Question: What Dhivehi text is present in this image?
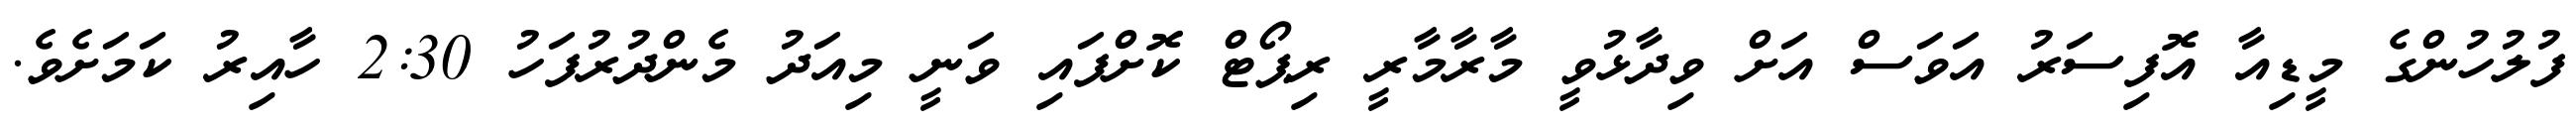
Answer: ފުލުހުންގެ މީޑިއާ އޮފިސަރު އަވަސް އަށް ވިދާޅުވީ މާރާމާރީ ރިޕޯޓް ކޮށްފައި ވަނީ މިއަދު މެންދުރުފަހު 2:30 ހާއިރު ކަމަށެވެ.